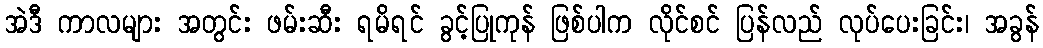
အဲဒီ ကာလများ အတွင်း ဖမ်းဆီး ရမိရင် ခွင့်ပြုကုန် ဖြစ်ပါက လိုင်စင် ပြန်လည် လုပ်ပေးခြင်း၊ အခွန်